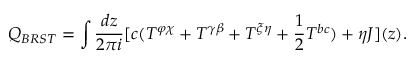
Q _ { B R S T } = \int \frac { d z } { 2 \pi i } [ c ( T ^ { \varphi \chi } + T ^ { \gamma \beta } + T ^ { \xi \eta } + \frac { 1 } { 2 } T ^ { b c } ) + \eta J ] ( z ) .